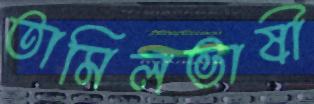
তামিলভাষী